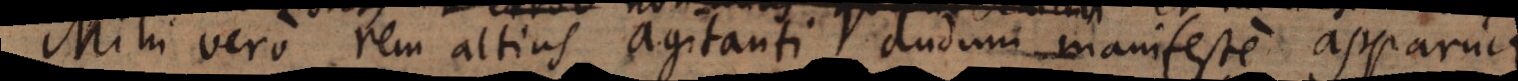
Mihi vero rem altius agitanti, dudum manifeste apparuit,